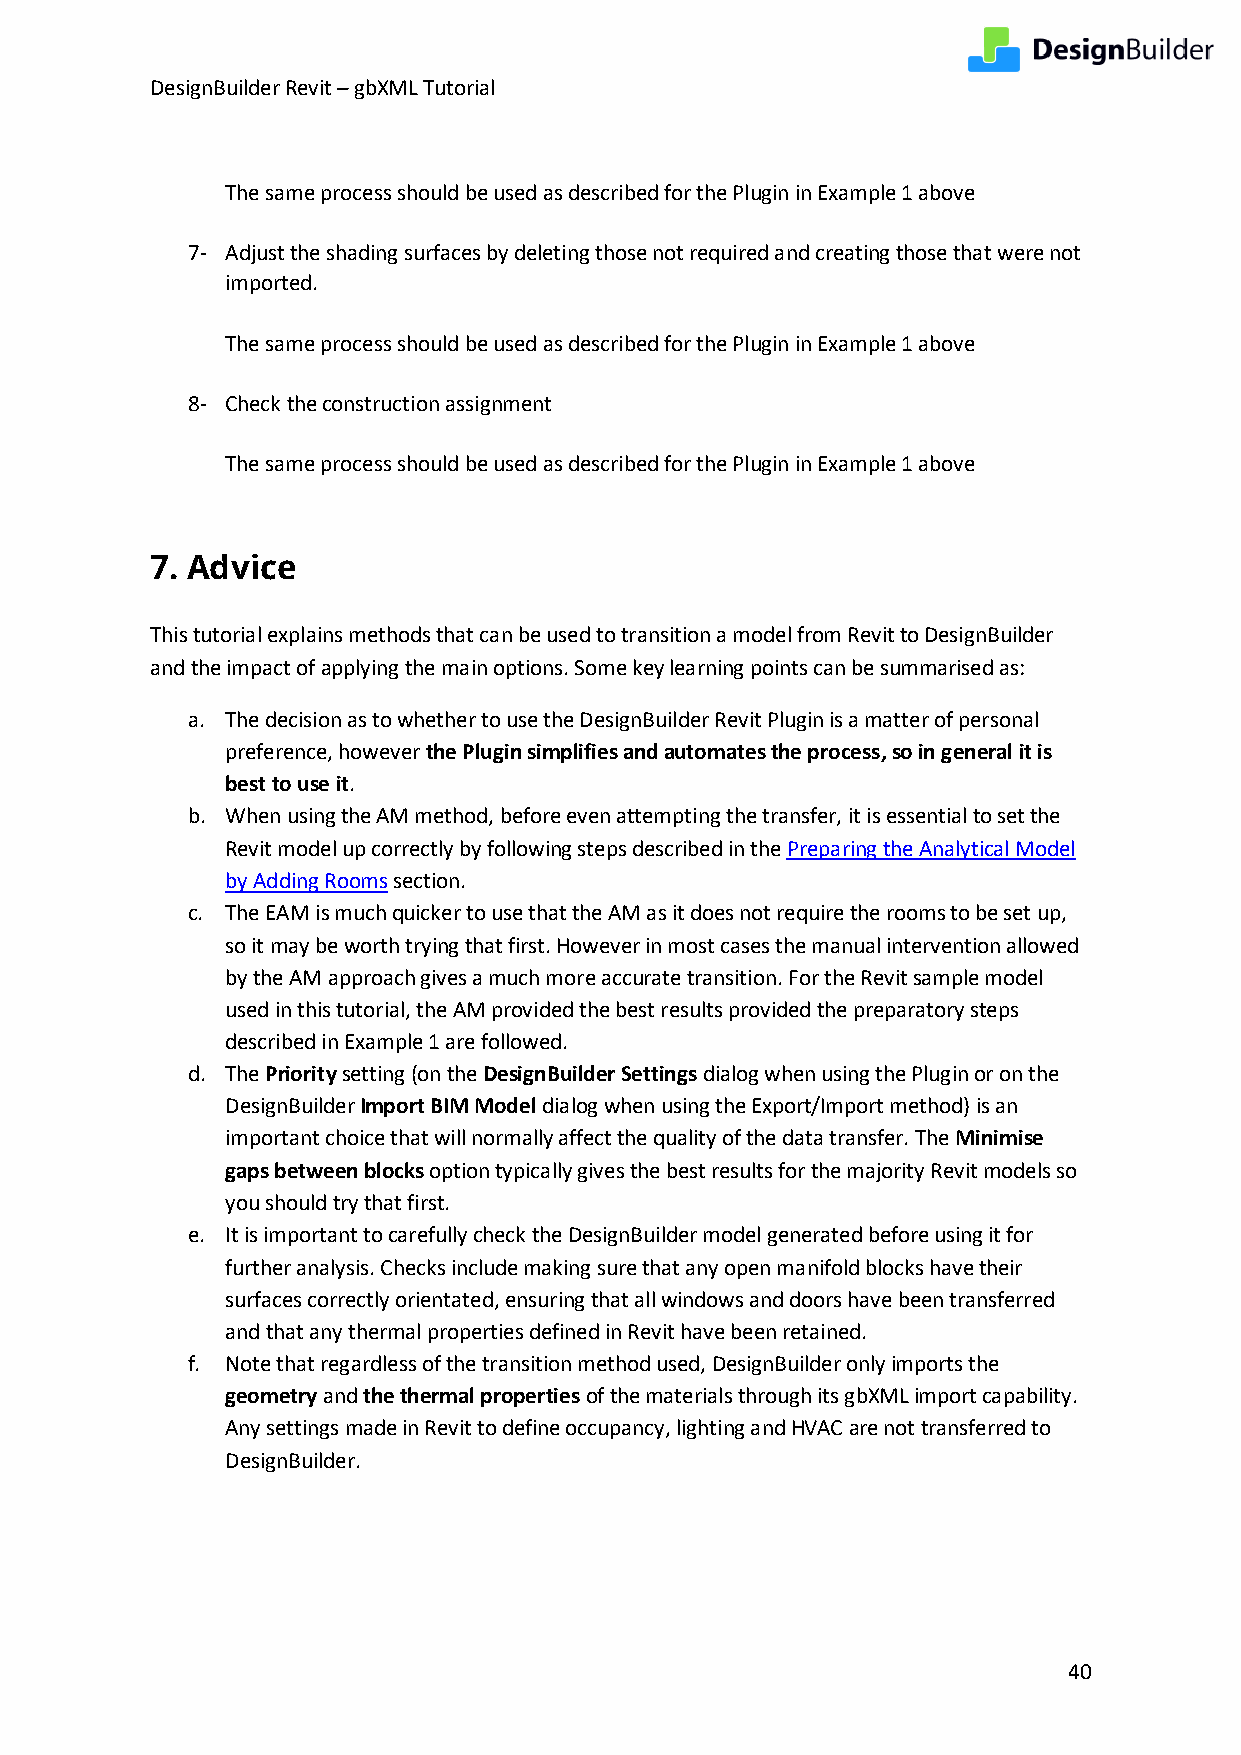
DesignBuilder Revit – gbXML Tutorial
 The same process should be used as described for the Plugin in Example 1 above
 7- Adjust the shading surfaces by deleting those not required and creating those that were not
 imported.
 The same process should be used as described for the Plugin in Example 1 above
 8- Check the construction assignment
 The same process should be used as described for the Plugin in Example 1 above
 7. Advice
 This tutorial explains methods that can be used to transition a model from Revit to DesignBuilder
 and the impact of applying the main options. Some key learning points can be summarised as:
 a. The decision as to whether to use the DesignBuilder Revit Plugin is a matter of personal
 preference, however the Plugin simplifies and automates the process, so in general it is
 best to use it.
 b. When using the AM method, before even attempting the transfer, it is essential to set the
 Revit model up correctly by following steps described in the Preparing the Analytical Model
 by Adding Rooms section.
 c. The EAM is much quicker to use that the AM as it does not require the rooms to be set up,
 so it may be worth trying that first. However in most cases the manual intervention allowed
 by the AM approach gives a much more accurate transition. For the Revit sample model
 used in this tutorial, the AM provided the best results provided the preparatory steps
 described in Example 1 are followed.
 d. The Priority setting (on the DesignBuilder Settings dialog when using the Plugin or on the
 DesignBuilder Import BIM Model dialog when using the Export/Import method) is an
 important choice that will normally affect the quality of the data transfer. The Minimise
 gaps between blocks option typically gives the best results for the majority Revit models so
 you should try that first.
 e. It is important to carefully check the DesignBuilder model generated before using it for
 further analysis. Checks include making sure that any open manifold blocks have their
 surfaces correctly orientated, ensuring that all windows and doors have been transferred
 and that any thermal properties defined in Revit have been retained.
 f. Note that regardless of the transition method used, DesignBuilder only imports the
 geometry and the thermal properties of the materials through its gbXML import capability.
 Any settings made in Revit to define occupancy, lighting and HVAC are not transferred to
 DesignBuilder.
 40